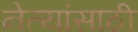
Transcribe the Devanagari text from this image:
नेत्यांसाठी